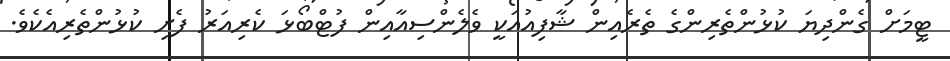
ޓީމަށް ގެންދިޔަ ކުޅުންތެރިންގެ ތެރެއިން ޝާފިއުއަކީ ވެލެންސިއާއިން ފުޓްބޯޅަ ކެރިއަރު ފެށި ކުޅުންތެރިއެކެވެ.